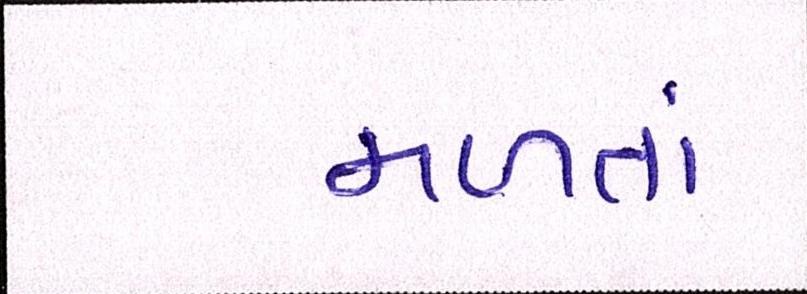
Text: મળતાં